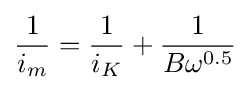
{1 \over i_{m}}={1 \over i_{K}}+{1 \over {B\omega ^{0.5}}}